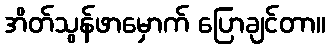
အိတ်သွန်ဖာမှောက် ပြောချင်တာ။